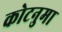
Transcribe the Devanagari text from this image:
कोटनुमा